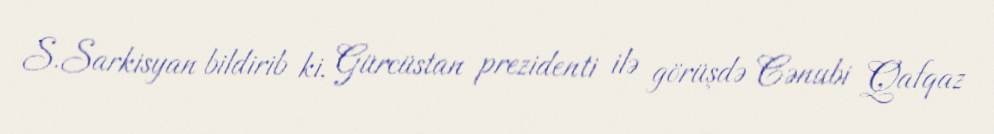
S.Sarkisyan bildirib ki, Gürcüstan prezidenti ilə görüşdə Cənubi Qafqaz